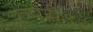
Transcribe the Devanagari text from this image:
रुपये९२